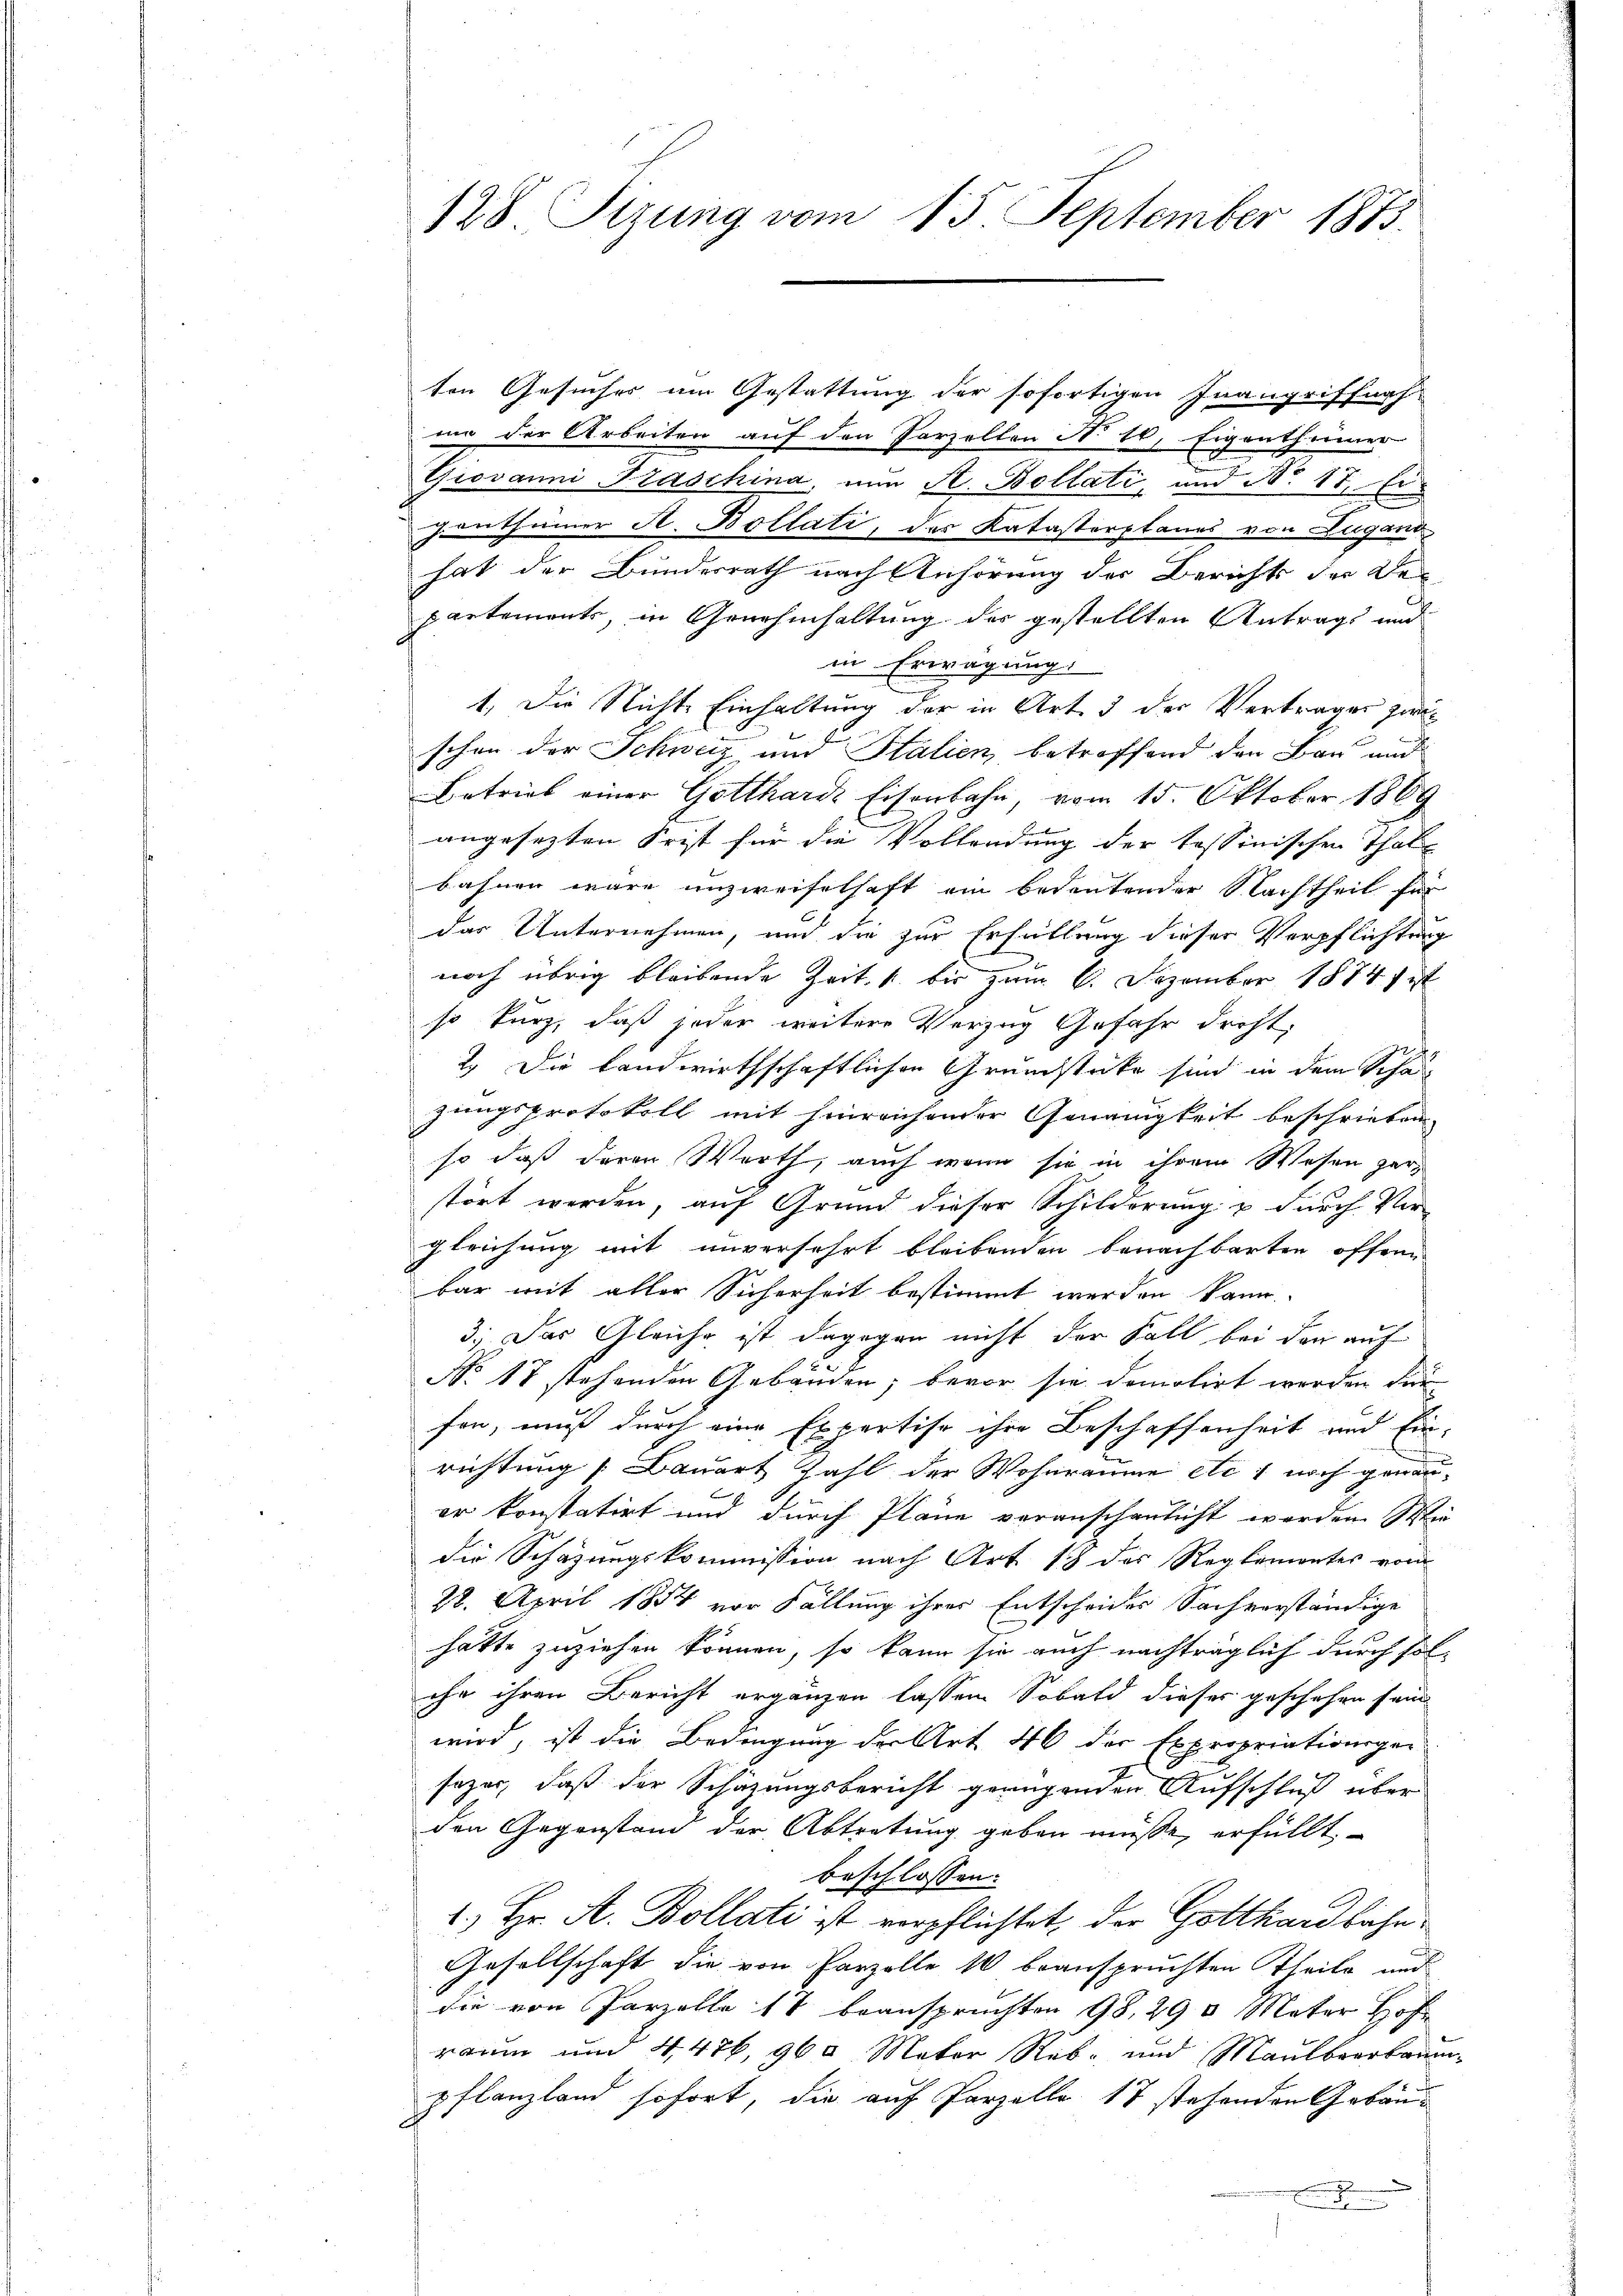
128. Sizung vom 15. September 1873.

ton Gesuches um Gestattung der sofortigen Inangriffnah
me der Arbeiten auf den Parzellen No 10. Eigenthümer
Giovanni Fraschina nun St. Bollati, und No 17. Ei
genthümer A. Bollati, das Katasterplanes von Lugan
hat der Bundesrath nach Anhörung der Berichts der De
partements, in Genehmhaltung des gestellten Antrags und
in Erwägung.
1. Die Nichte Einhaltung der in Art. 3 der Vertrages zwischon der Schweiz und Stalien, betroffend den Bau und
Betrieb einer Gottharde Eisenbahn, vom 15. Oktober 1869
angesetzten Frist für die Vollendung der tessinischen Thal-
bahnen wäre unzweifelhaft ein bedeutender Nachtheil für
das Unternehmen, und die zur Erfüllung dieser Verpflichtung
noch übrig bleibende Zeit. 1 bis zum 6. Dezember 1874 ist
so kurz, daß jeder weitere Verzug Gefahr droht.
2. Die Landwirthschaftlichen Grundstüke sind in dem Schazungsprotokoll mit hinreichender Genauigkeit beschrieben
so daß deren Werth, auch wenn sie in ihrem Wesen zerstört werden, auf Grund dieser Schilderung & durch Ver-
gleichung mit unversehrt bleibenden benachbarten öffen
bar mit aller Sicherheit bestimmt werden kann.
3. Das Gleiche ist dagegen nicht der Fall bei den auf
No 17 stehenden Gebäuden, bevor sie demolirt werden dür
fen, muß durch eine Expertise ihre Beschaffenheit und Ein-
richtung (Bauart Zahl der Wohnräume etc 1 noch genanner konstatirt und durch Pläne veranschenlicht werden Wie-
die Schazungskommission nach Art sich des Reglementes vom
28. April 1854 vor Fällung ihrer Entscheides Sachvorständige
hätte zuziehen können, so kann sie auch nachträglich durch sol-
ihe ihren Bericht ergänzen lassen. Sobald dieses geschehen sein
wird, ist die Bedingung der Art. 46 der Expropriationsge-
sezes, daß der Schazungsbericht gerügenden Aufschluß über
den Gegenstand der Abtretung geben müsse, erfüllt
beschlossen:
1.) Hr. A. Bollati ist verpflichtet, der Gotthardbahn¬
Gesellschaft die von Parzolle 10 beanspruchten Theile und
die von Parzelle 17 beanspruchten 98, 290 Mater Hof
raum und 4,476, 960 Mater Reb- und Maulbeerbarm-
pflanzland sofort, die auf Parzelle 17 stehenden Gebäud